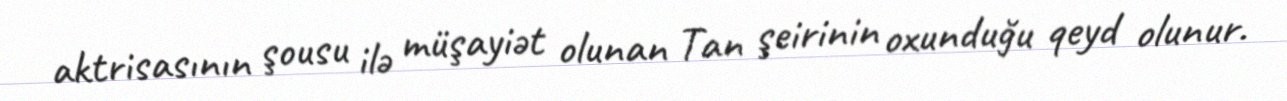
aktrisasının şousu ilə müşayiət olunan Tan şeirinin oxunduğu qeyd olunur.